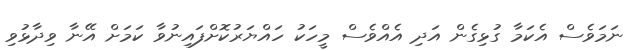
ނަމަވެސް އެކަމާ ގުޅިގެން އަދި އެއްވެސް މީހަކު ހައްޔަރުކޮށްފައިނުވާ ކަމަށް އޭނާ ވިދާޅުވި